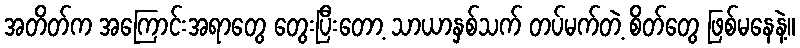
အတိတ်က အကြောင်းအရာတွေ တွေးပြီးတော့ သာယာနှစ်သက် တပ်မက်တဲ့ စိတ်တွေ ဖြစ်မနေနဲ့။